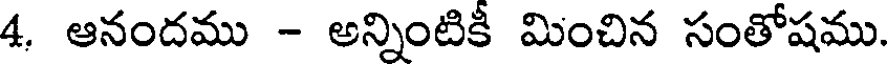
4. ఆనందము - అన్నింటికీ మించిన సంతోషము.